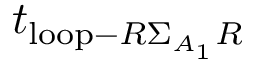
t _ { \mathrm { l o o p } - R \Sigma _ { A _ { 1 } } R }